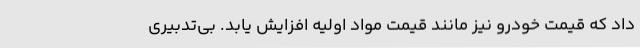
داد که قیمت خودرو نیز مانند قیمت مواد اولیه افزایش یابد. بی‌تدبیری